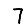
Digit: 7